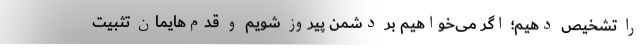
را تشخیص دهیم؛ اگر می‌خواهیم بر دشمن پیروز شویم و قدم‌هایمان تثبیت